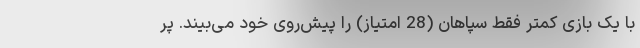
با یک بازی کمتر فقط سپاهان (28 امتیاز) را پیش‌روی خود می‌بیند. پر